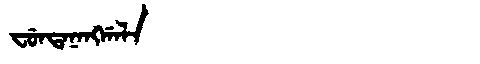
Manchu: ᠸᡠᠨᡨᠠᠨᠠᠩᡤᠠᠯᠠ
Romanization: FUNTANANGGALA